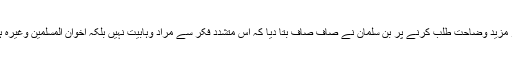
اور مزید وضاحت طلب کرنے پر بن سلمان نے صاف صاف بتا دیا کہ اس متشدد فکر سے مراد وہابیت نہیں بلکہ اخوان المسلمین وغیرہ ہیں۔